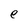
Character: e